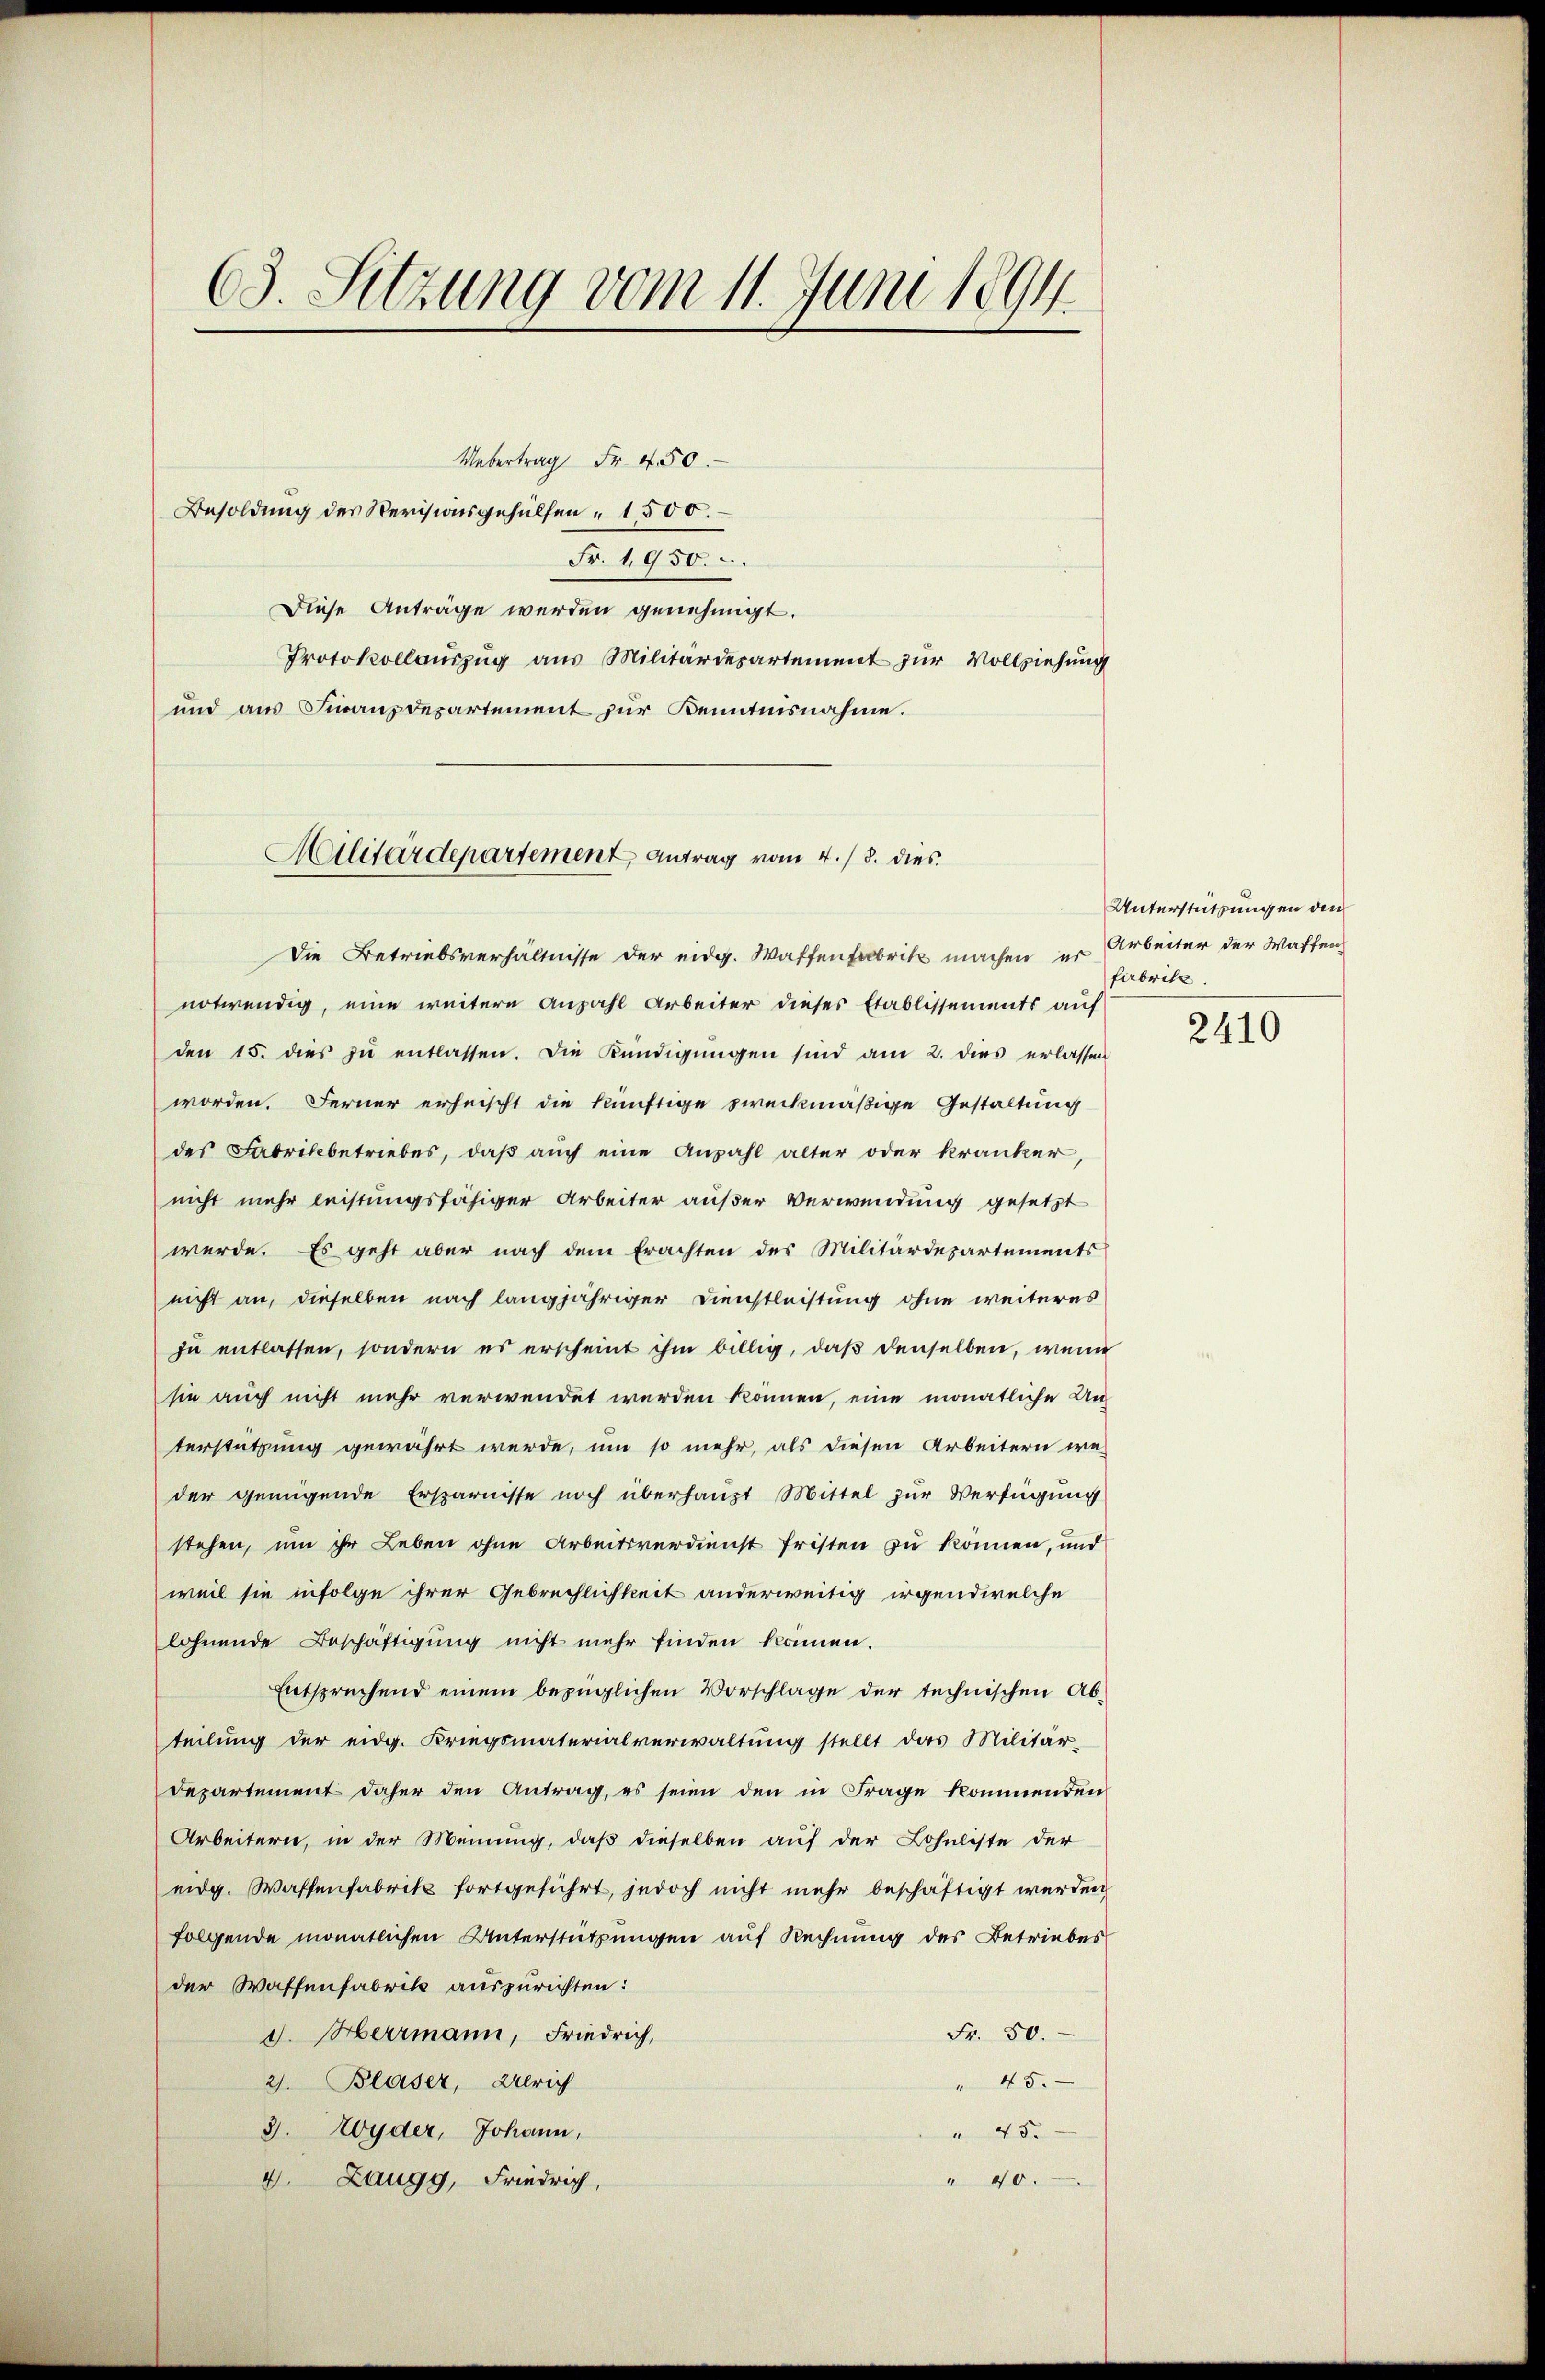
63. Sitzung vom 11. Juni 1894.

Uebertrag Fr. 450.
Besoldung des Revisionsgehülfen " 1500.
Fr. 1950.
Diese Anträge werden genehmigt.
Protokollauszug aus Militärdepartement zur Vollziehung
und aus Finanzdepartement zur Kenntnisnahme.

Die Betriebsverhältnisse der eidg. Waffenfabrik machen, er
notwendig, eine weitere Anzahl Arbeiter dieses Etablissements auf
den 15. dies zu entlassen. Die Kündigungen sind am 2. dies erlassen
worden. Ferner erheischt die künftige zweckmäßige Gestaltung
des Fabrikbetriebes, daß auch eine Anzahl alter oder kranker,
nicht mehr leistungsfähiger Arbeiter außer Verwendung gesetzt
werde. Es geht aber nach dem Erachten des Militärdepartements
nicht an, dieselben nach langjähriger Dienstleistung ohne weiteres
zu entlassen, sondern es erscheint ihm billig, daß denselben, wenn
sie auch nicht mehr verwendet werden können, eine monatliche Un-
terstützung gewährt werde, um so mehr, als diesen Arbeitern we-
der genügende Ersparnisse noch überhaupt Mittel zur Verfügung
stehen, um ihr Leben ohne Arbeitsverdienst fristen zu können, und
weil sie infolge ihrer Gebrechlichkeit anderweitig irgend welche
löhnende Beschäftigung nicht mehr finden können.
Entsprechend einem bezüglichen Vorschlage der technischen Ab-
teilung der eidg. Kriegsmaterialverwaltung stellt das Militär-
Departement daher den Antrag, es seien den in Frage kommenden
Arbeitern, in der Meinung, daß dieselben auf der Lohnliste der
eidg. Waffenfabrik fortgeführt, jedoch nicht mehr beschäftigt werden
folgende monatlichen Unterstützungen auf Rechnung des Betriebes
der Waffenfabrik auszurichten:
Fr. 50.
d. Herrmann, Friedrich,
2. Blaser, Ulrich
 45.
3. Wyder, Johann,
" 45.
" 40.
4. Zaugg, Friedrich,

Militärdepartement antrag vom 4. / 8. dies

Unterstützungen den
Arbeiter der Waffen
fabritt.

2410